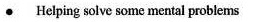
·Helping solve some mental problems